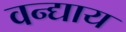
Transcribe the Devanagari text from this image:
वन्द्याय